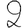
Digit: 2